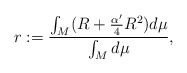
\begin{align*}r:=\frac{\int_M (R+\frac{\alpha'}{4}R^2)d\mu}{\int_Md\mu},\end{align*}